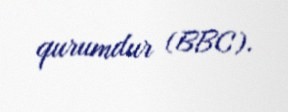
qurumdur (BBC).